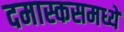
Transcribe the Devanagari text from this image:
दमास्कसमध्ये